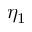
\eta _ { 1 }